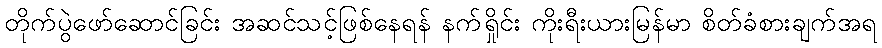
တိုက်ပွဲဖော်ဆောင်ခြင်း အဆင်သင့်ဖြစ်နေရန် နက်ရှိုင်း ကိုးရီးယားမြန်မာ စိတ်ခံစားချက်အရ